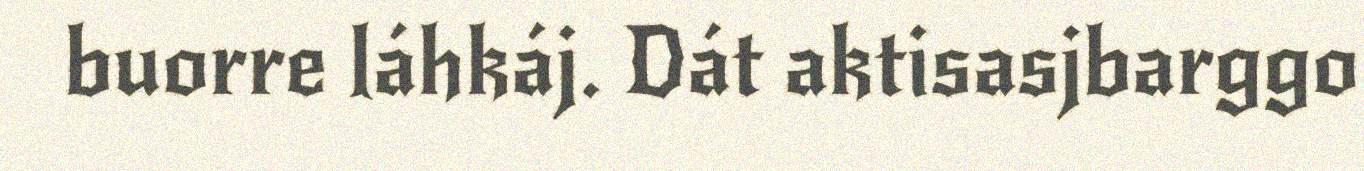
buorre láhkáj. Dát aktisasjbarggo